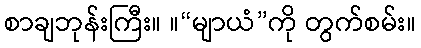
စာချဘုန်းကြီး။ ။“မျာယံ”ကို တွက်စမ်း။